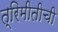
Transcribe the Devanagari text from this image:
त्रिमीतीची